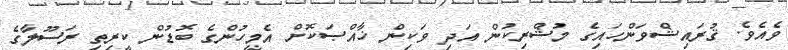
ވެއެވެ. ޤުރައިޝްވަންހައިގެ މުޝްރިކުން އަދި ވަކިން ޚާއްޞަކޮށް އެމީހުންގެ ބޮޑުން ކީރިތި ރަސޫލާގެ